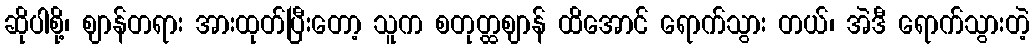
ဆိုပါစို့၊ ဈာန်တရား အားထုတ်ပြီးတော့ သူက စတုတ္ထဈာန် ထိအောင် ရောက်သွား တယ်၊ အဲဒီ ရောက်သွားတဲ့